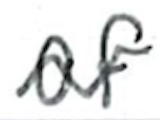
Text: of
Cross-out: wave
Writing tool: ballpoint